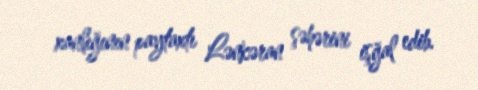
xanlığının paytaxtı Lənkəran şəhərini işğal edib.